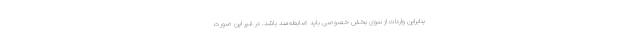
بنابراین واردات از سوی بخش خصوصی باید ضابطه‌مند باشد. در غیر این صورت